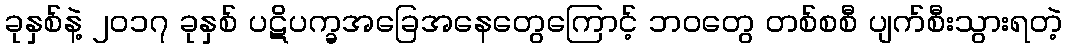
ခုနှစ်နဲ့ ၂၀၁၇ ခုနှစ် ပဋိပက္ခအခြေအနေတွေကြောင့် ဘဝတွေ တစ်စစီ ပျက်စီးသွားရတဲ့